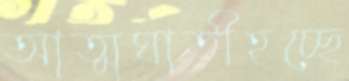
আত্মঘাতীহচ্ছে